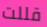
قللت